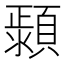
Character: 𱩤